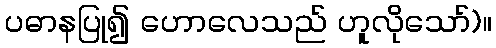
ပဓာနပြု၍ ဟောလေသည် ဟူလိုသော်)။